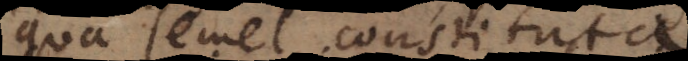
qua semel constituta